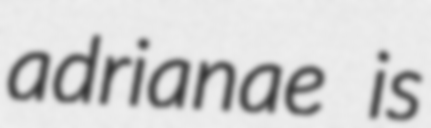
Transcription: adrianae is